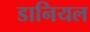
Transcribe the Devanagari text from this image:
डानियल